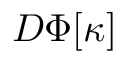
D \Phi [ \kappa ]